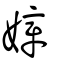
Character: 嫜